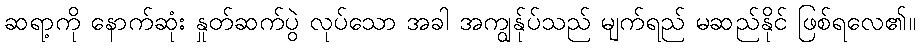
ဆရာ့ကို နောက်ဆုံး နှုတ်ဆက်ပွဲ လုပ်သော အခါ အကျွန်ုပ်သည် မျက်ရည် မဆည်နိုင် ဖြစ်ရလေ၏။